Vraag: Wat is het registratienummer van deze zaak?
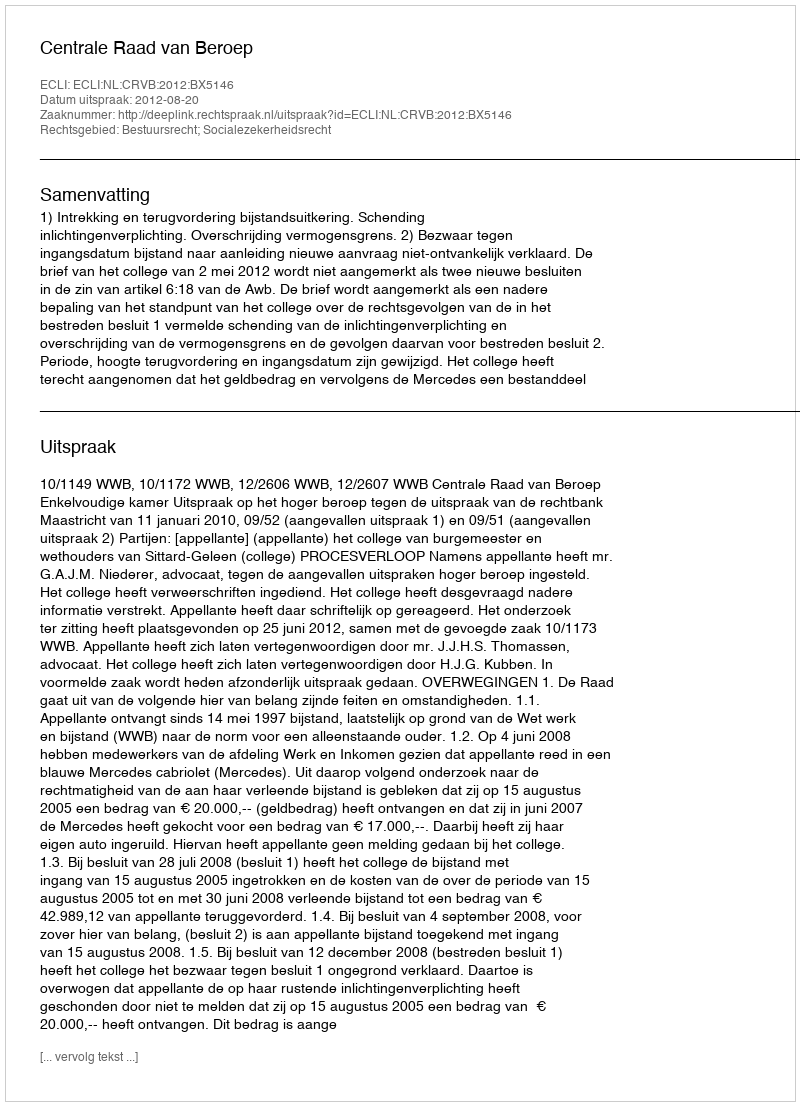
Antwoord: http://deeplink.rechtspraak.nl/uitspraak?id=ECLI:NL:CRVB:2012:BX5146